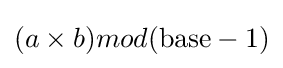
(a\times b)mod{({\textrm {base}}-1)}